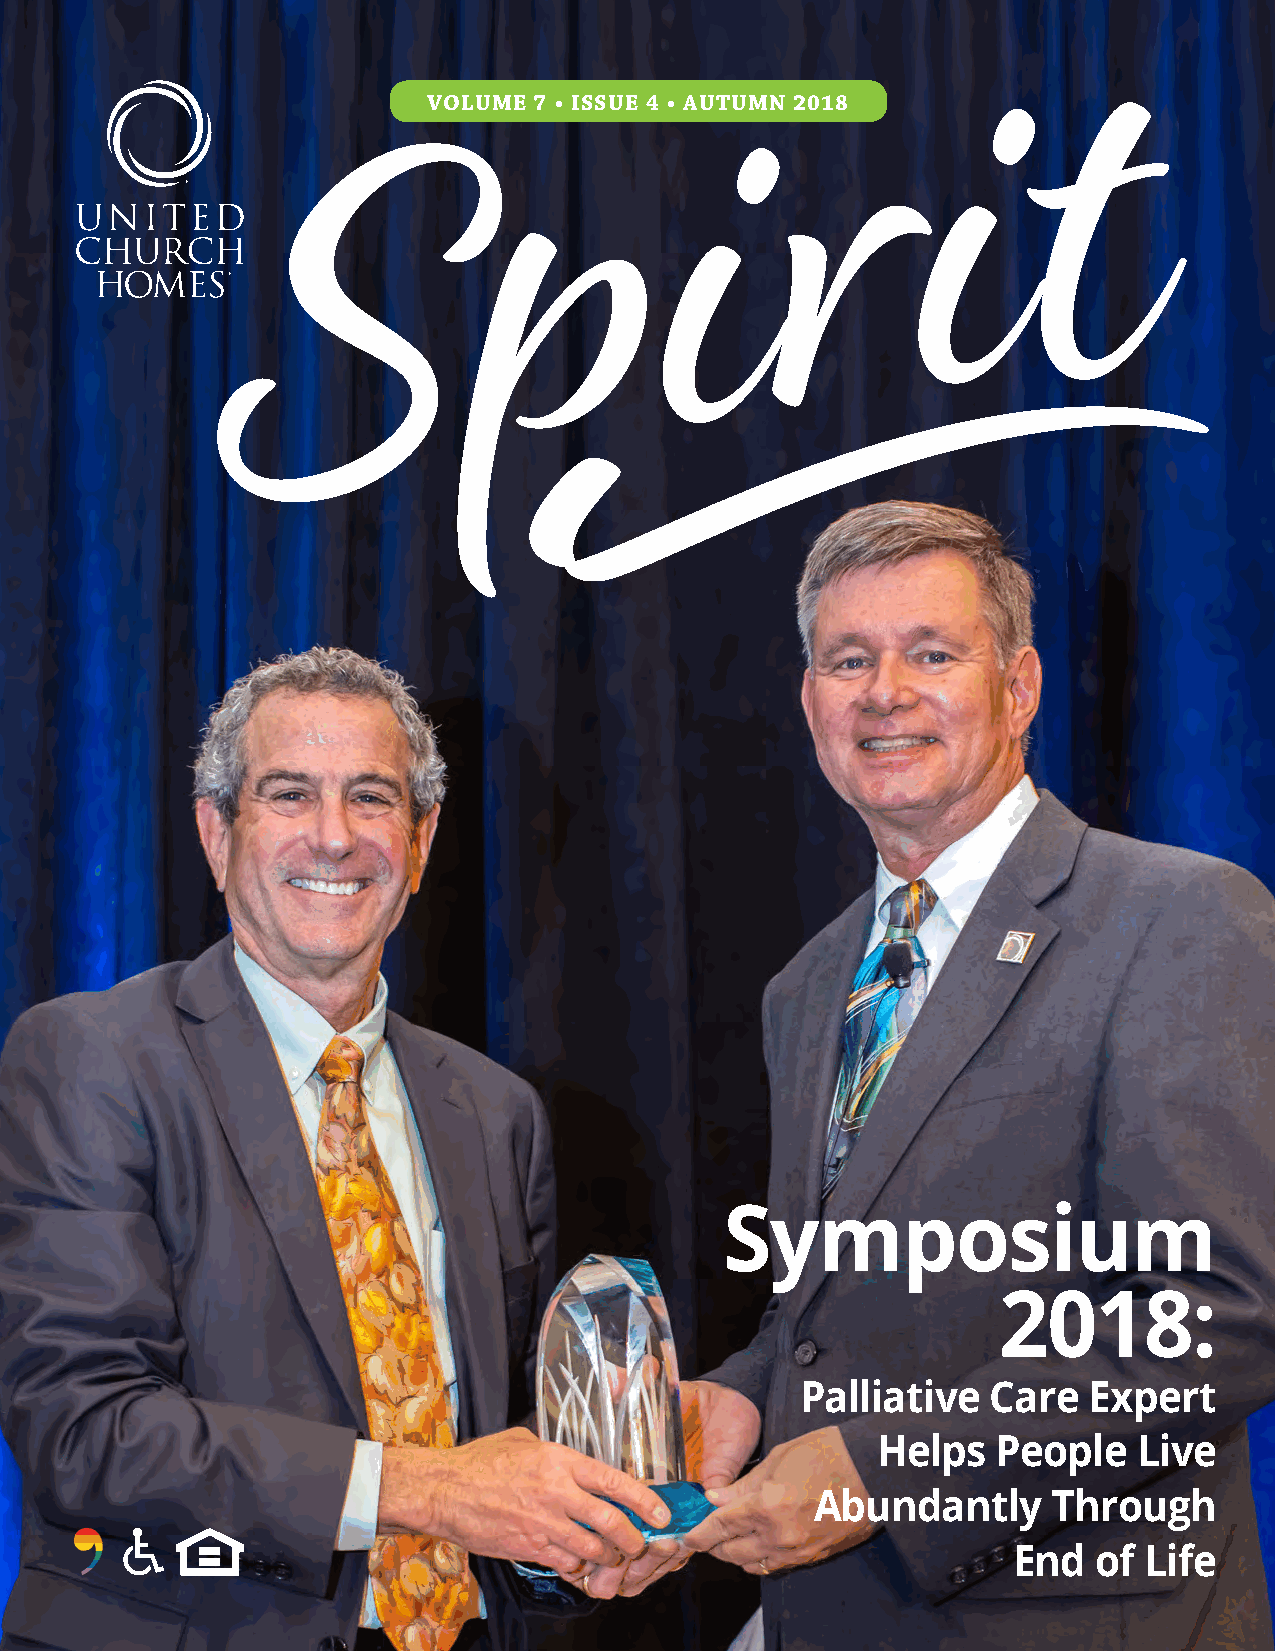
VOLUME 7 • ISSUE 4 • AUTUMN 2018
 Symposium
 2018:
 Palliative   Care  Expert
 Helps   People   Live
 Abundantly      Through
 End   of Life